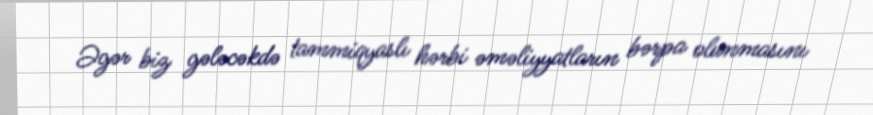
Əgər biz gələcəkdə tammiqyaslı hərbi əməliyyatların bərpa olunmasını